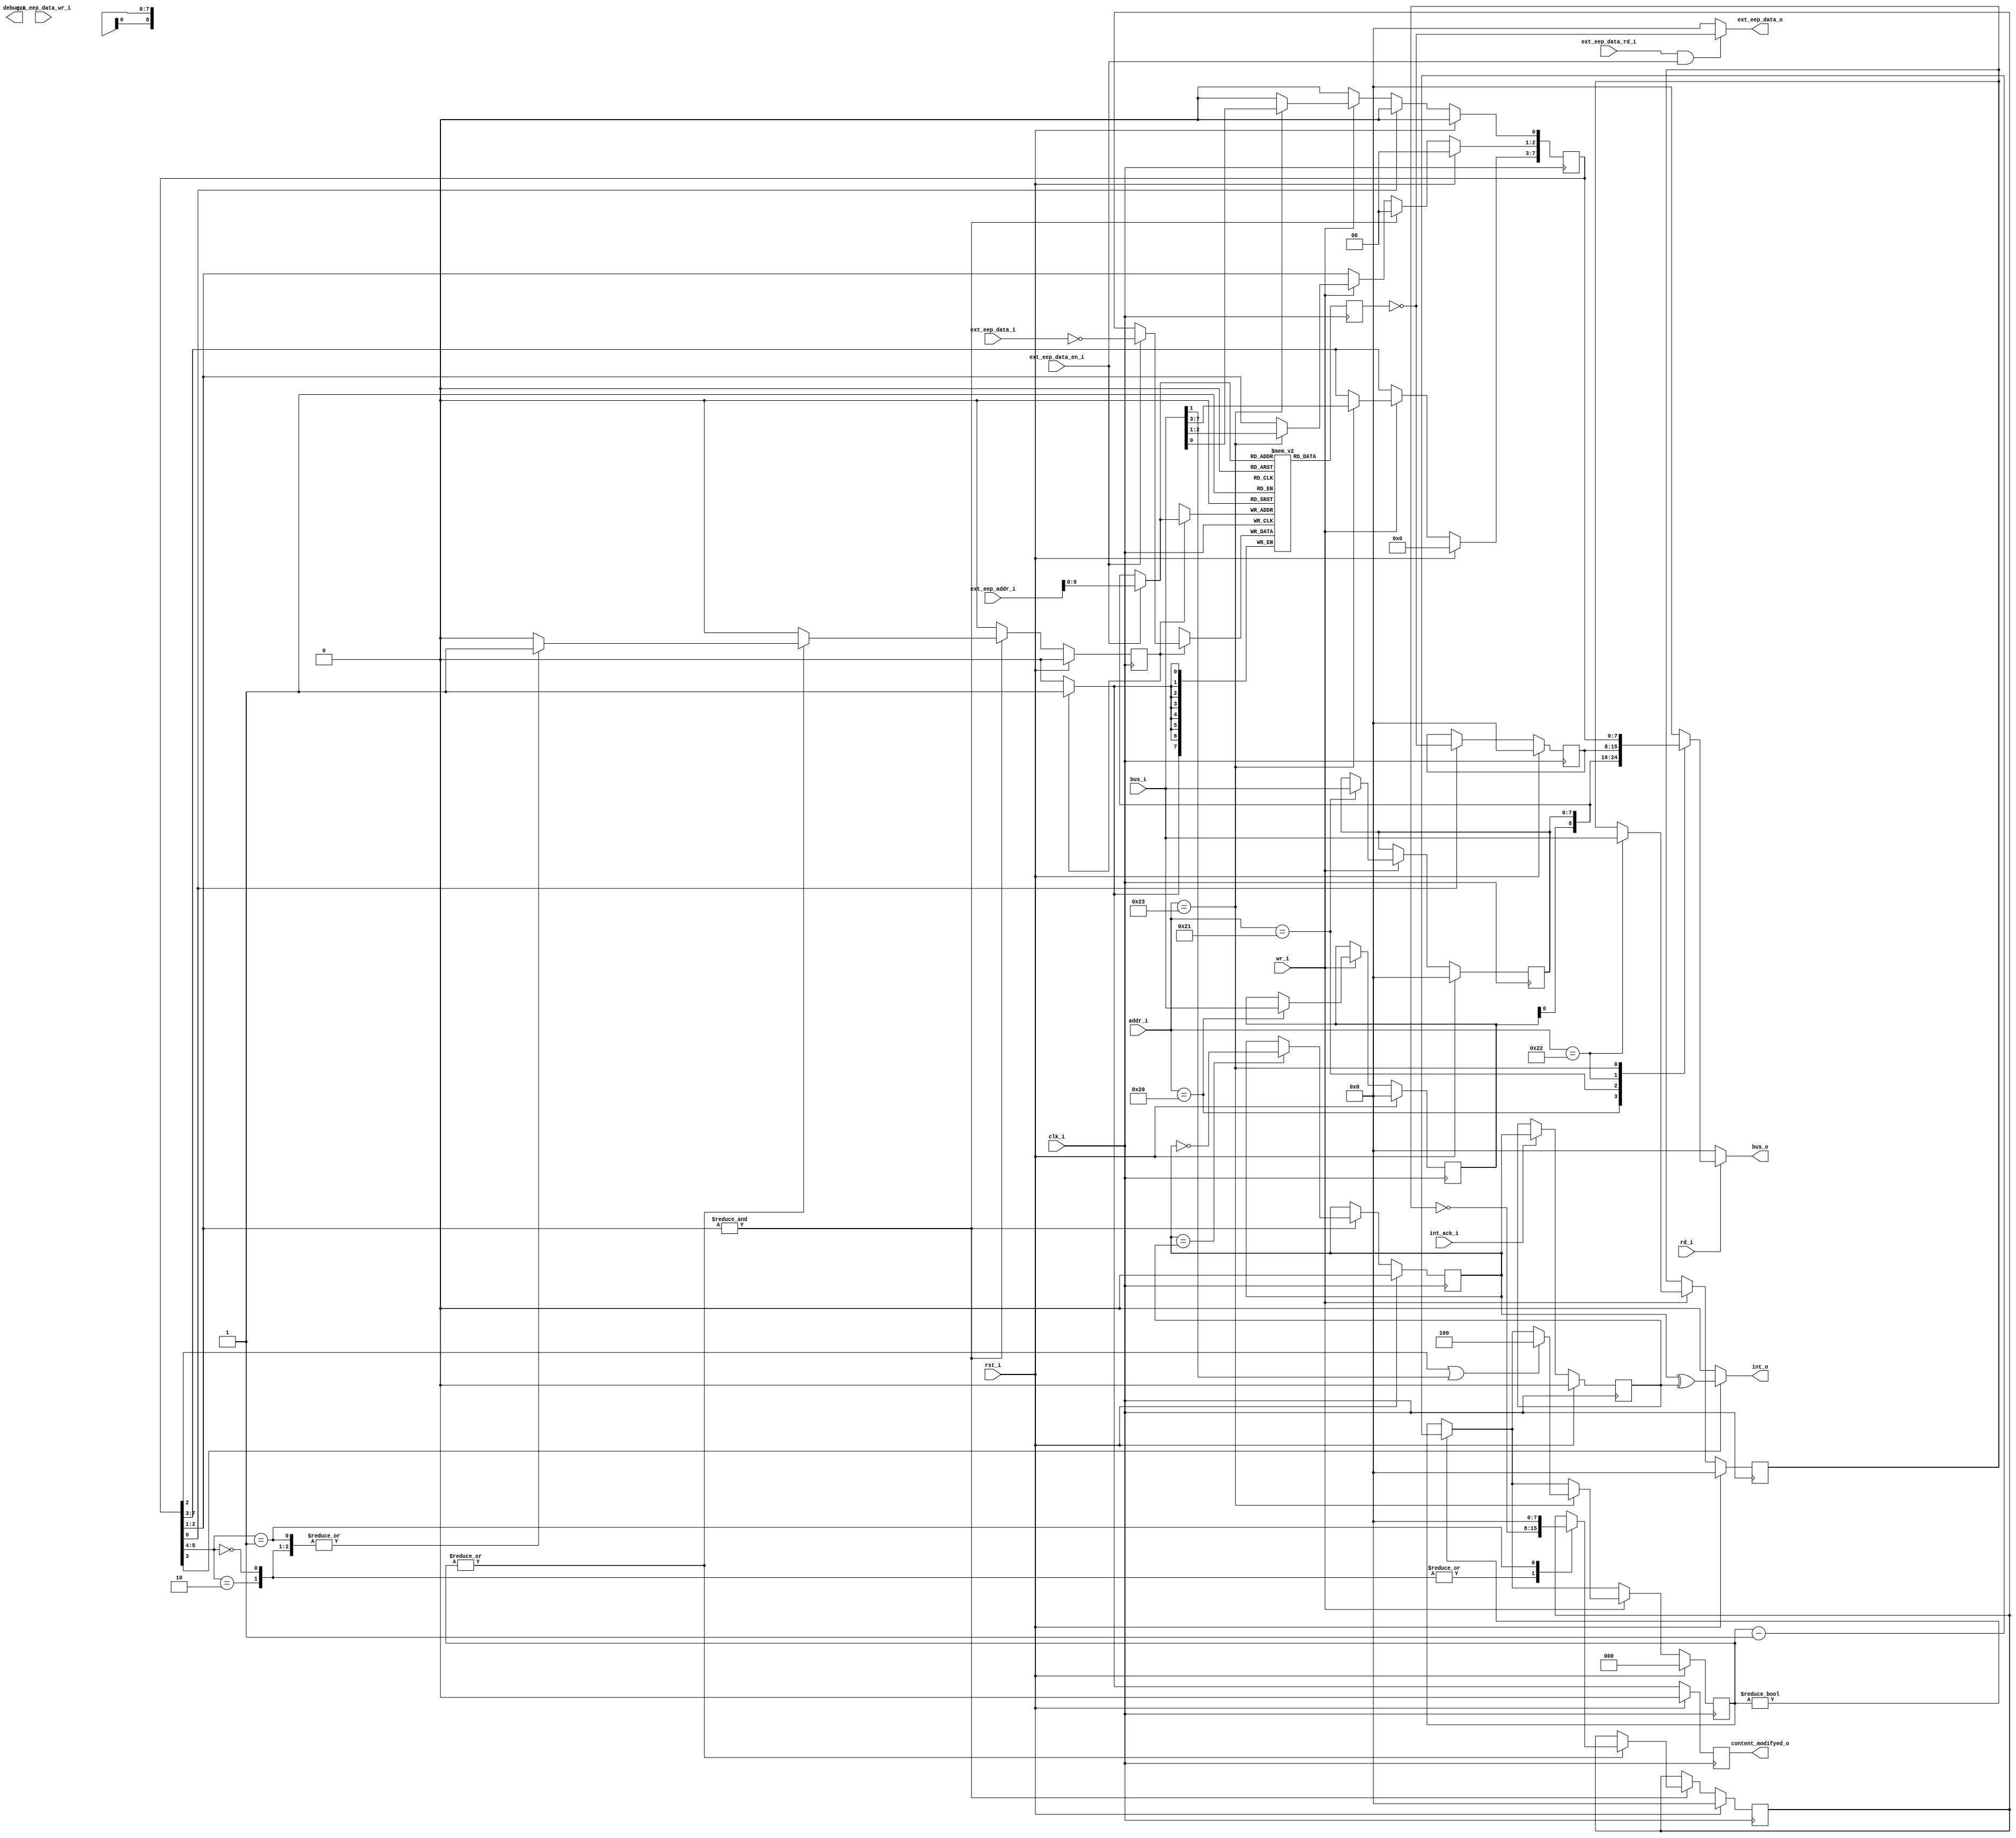
/*
 * This IP is the ATMEGA EEPROM implementation.
 * 
 * Copyright (C) 2020  Iulian Gheorghiu (morgoth@devboard.tech)
 * 
 * This program is free software; you can redistribute it and/or
 * modify it under the terms of the GNU General Public License
 * as published by the Free Software Foundation; either version 2
 * of the License, or (at your option) any later version.
 * 
 * This program is distributed in the hope that it will be useful,
 * but WITHOUT ANY WARRANTY; without even the implied warranty of
 * MERCHANTABILITY or FITNESS FOR A PARTICULAR PURPOSE.  See the
 * GNU General Public License for more details.
 * 
 * You should have received a copy of the GNU General Public License
 * along with this program; if not, write to the Free Software
 * Foundation, Inc., 51 Franklin Street, Fifth Floor, Boston, MA  02110-1301, USA.
 */

`timescale 1ns / 1ps


module atmega_eep # (
	parameter PLATFORM = "XILINX",
	parameter BUS_ADDR_DATA_LEN = 8,
	parameter EEARH_ADDR = 'h20,
	parameter EEARL_ADDR = 'h21,
	parameter EEDR_ADDR = 'h22,
	parameter EECR_ADDR = 'h23,
	parameter EEP_SIZE = 512
)(
	input rst_i,
	input clk_i,

	input [BUS_ADDR_DATA_LEN-1:0]addr_i,
	input wr_i,
	input rd_i,
	input [7:0]bus_i,
	output reg [7:0]bus_o,

	output int_o,
	input int_ack_i,
	
	input [16:0]ext_eep_addr_i,
	input [7:0]ext_eep_data_i,
	input ext_eep_data_wr_i,
	output [7:0]ext_eep_data_o,
	input ext_eep_data_rd_i,
	input ext_eep_data_en_i,
	
	output reg content_modifyed_o,
	output [4:0]debug_o
	);

(* ram_style="block" *)
reg [7:0]eep[EEP_SIZE -1 : 0];

reg [7:0]EEARH;
reg [7:0]EEARL;
reg [7:0]EEDR_WRITE;
reg [7:0]EEDR_READ;
reg [7:0]EECR;

reg[2:0]eempe_timeout_cnt;
reg eep_wr;
reg [7:0]dat_to_write;
reg [7:0]read_tmp;

reg int_p;
reg int_n;

integer clear_cnt;
initial begin
	for(clear_cnt = 0; clear_cnt < EEP_SIZE; clear_cnt = clear_cnt + 1)
	begin : CLEAR_EEP
		eep[clear_cnt] = 8'h00;
	end
end

always @ *
begin
	bus_o = 8'h00;
	if(rd_i)
	begin
		case(addr_i)
			EEARH_ADDR: bus_o = EEARH;
			EEARL_ADDR: bus_o = EEARL;
			EEDR_ADDR: bus_o = EEDR_READ;
			EECR_ADDR: bus_o = EECR;
		endcase
	end
end

always @ (posedge clk_i)
begin
	if(rst_i)
	begin
		EEARH <= 8'h00;
		EEARL <= 8'h00;
		EEDR_READ <= 8'h00;
		EEDR_WRITE <= 8'h00;
		EECR <= 8'h00;
		content_modifyed_o <= 1'b0;
		eempe_timeout_cnt <= 3'h0;
		int_p <= 1'b0;
		int_n <= 1'b0;
		dat_to_write <= 1'b0;
		eep_wr <= 1'b0;
	end
	else
	begin
		content_modifyed_o <= 1'b0;
		eep_wr <= 1'b0;
		if(eempe_timeout_cnt)
		begin
			eempe_timeout_cnt <= eempe_timeout_cnt - 1;
		end
		if(wr_i)
		begin
			case(addr_i)
				EEARH_ADDR: EEARH <= bus_i;
				EEARL_ADDR: EEARL <= bus_i;
				EEDR_ADDR: EEDR_WRITE <= bus_i;
				EECR_ADDR: 
				begin
					EECR <= bus_i;
					if(EECR[2] | bus_i[1])
					begin
						eempe_timeout_cnt <= 3'h4;
					end
				end
			endcase
		end
		if((&EECR[2:1]) )
		begin
			if(|eempe_timeout_cnt)
			begin
				case(EECR[5:4])
					2'h0, 2'h2: 
					begin
						dat_to_write <= ~EEDR_WRITE;
						eep_wr <= 1'b1;
					end
					2'h1: 
					begin
						dat_to_write <= 8'h00;
						eep_wr <= 1'b1;
					end
				endcase
			end
			EECR[2:1] <= 2'b00;
			if(int_p == int_n)
			begin
				int_p <= ~int_p;
			end
		end
		if(EECR[0])
		begin
			EEDR_READ <= ~read_tmp;
			EECR[0] <= 1'b0;
		end
		if(int_ack_i)
		begin
			int_n <= int_p;
		end
		if(eep_wr)
		begin
			content_modifyed_o <= content_modifyed_o | 1'b1;
		end
	end
end

always @ (posedge clk_i)
begin
	if(eep_wr)
	begin
		eep[ext_eep_data_en_i ? ext_eep_addr_i : {EEARH, EEARL}] <= ext_eep_data_en_i ? ~ext_eep_data_i : dat_to_write;
	end
	read_tmp <= eep[ext_eep_data_en_i ? ext_eep_addr_i : {EEARH, EEARL}];
end

assign ext_eep_data_o = (ext_eep_data_rd_i & ext_eep_data_en_i) ? ~read_tmp : 8'h00;
assign int_o = EECR[3] ? (int_p ^ int_n) : 1'b0;

endmodule